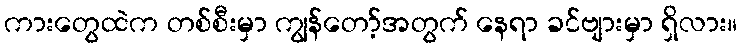
ကားတွေထဲက တစ်စီးမှာ ကျွန်တော့်အတွက် နေရာ ခင်ဗျားမှာ ရှိလား။